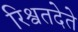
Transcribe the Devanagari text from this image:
रिश्वतदेते